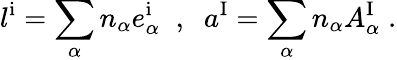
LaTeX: l^{\mathrm{i}}=\sum_{\alpha}n_{\alpha}{e_{\alpha}^{\mathrm{i}}}\; \; ,\; \; a^{\mathrm{I}}=\sum_{\alpha}n_{\alpha}A_{\alpha}^{\mathrm{I}}\; .